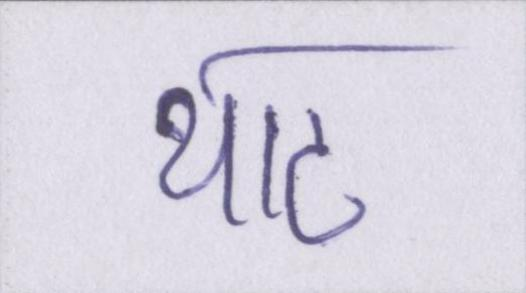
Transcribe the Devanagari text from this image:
थाट